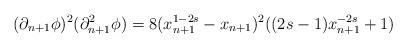
LaTeX: \begin{align*}(\partial_{n+1}\phi)^{2}(\partial_{n+1}^{2}\phi)=8(x_{n+1}^{1-2s}-x_{n+1})^{2}((2s-1)x_{n+1}^{-2s}+1)\end{align*}